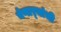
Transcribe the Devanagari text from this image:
येणार्‍यांची